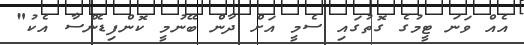
އެއް ވަނަ ޓީމުގެ ގޮތުގައި ސެމީ އަށް ދާން ބޭނުމީ ކޮންފިޑެންސާ އެކު"